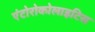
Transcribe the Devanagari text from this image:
एंटोरोकोलाइटिस